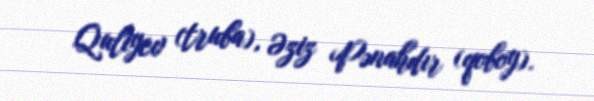
Quliyev (truba), Əziz Pənahdır (qoboy).